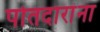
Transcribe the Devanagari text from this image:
पोतदारांना